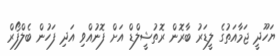
ޔަހޫދީ ޖަމާއަތުގެ ލީޑަރު ބާރޮން ރޮތުޝީލްޑް އަށް ފޮނުއްވި އަދި ފަހުން ބެލްފޯރް